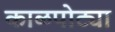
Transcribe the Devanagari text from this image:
काळपोट्या